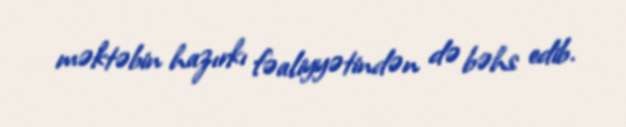
məktəbin hazırkı fəaliyyətindən də bəhs edib.